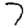
Digit: 7